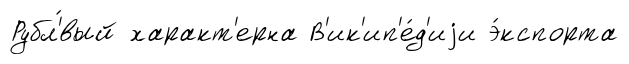
Рубл'́вый характ'ерна В'ик'ип'е́д'иjи э́кспорта